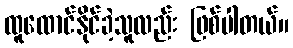
ထူထောင်နိုင်ခဲ့သူလည်း ဖြစ်ပါတယ်။